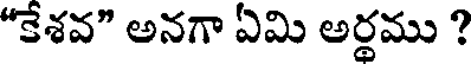
"కేశవ" అనగా ఏమి అర్థము ?